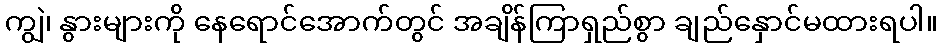
ကျွဲ၊ နွားများကို နေရောင်အောက်တွင် အချိန်ကြာရှည်စွာ ချည်နှောင်မထားရပါ။